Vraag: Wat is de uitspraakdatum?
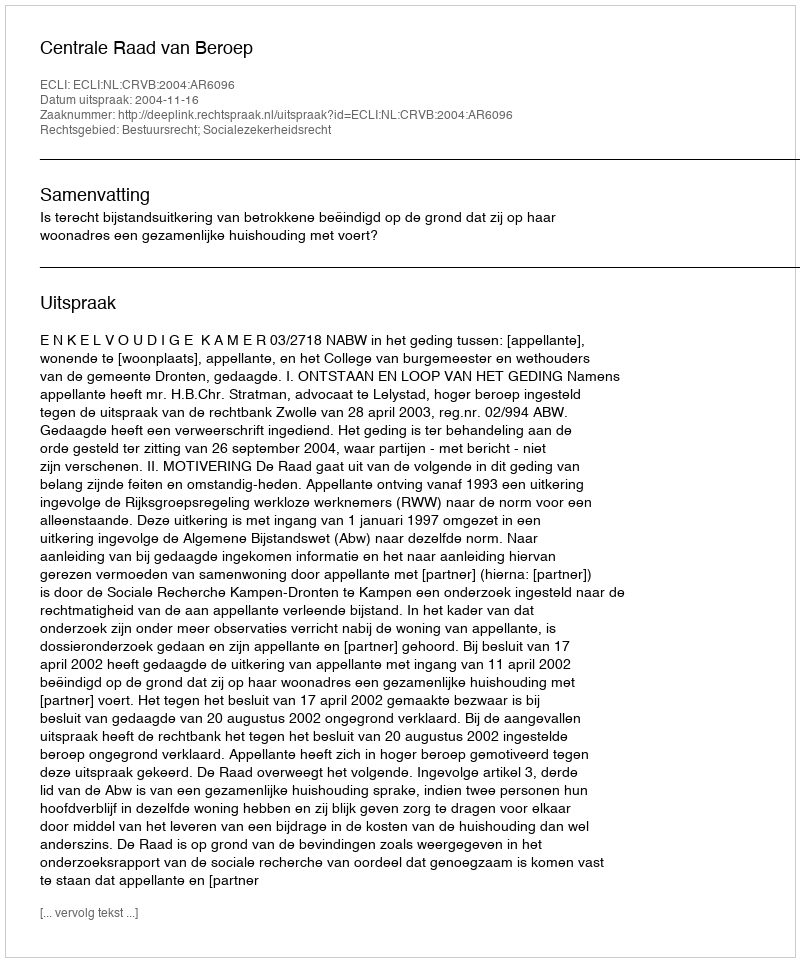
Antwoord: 2004-11-16